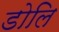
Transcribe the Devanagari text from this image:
डोलि